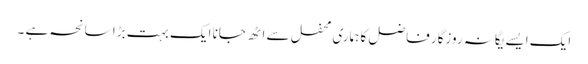
ایک ایسے یگانہ روزگار فاضل کا ہماری محفل سے اٹھ جانا ایک بہت بڑا سانحہ ہے ۔